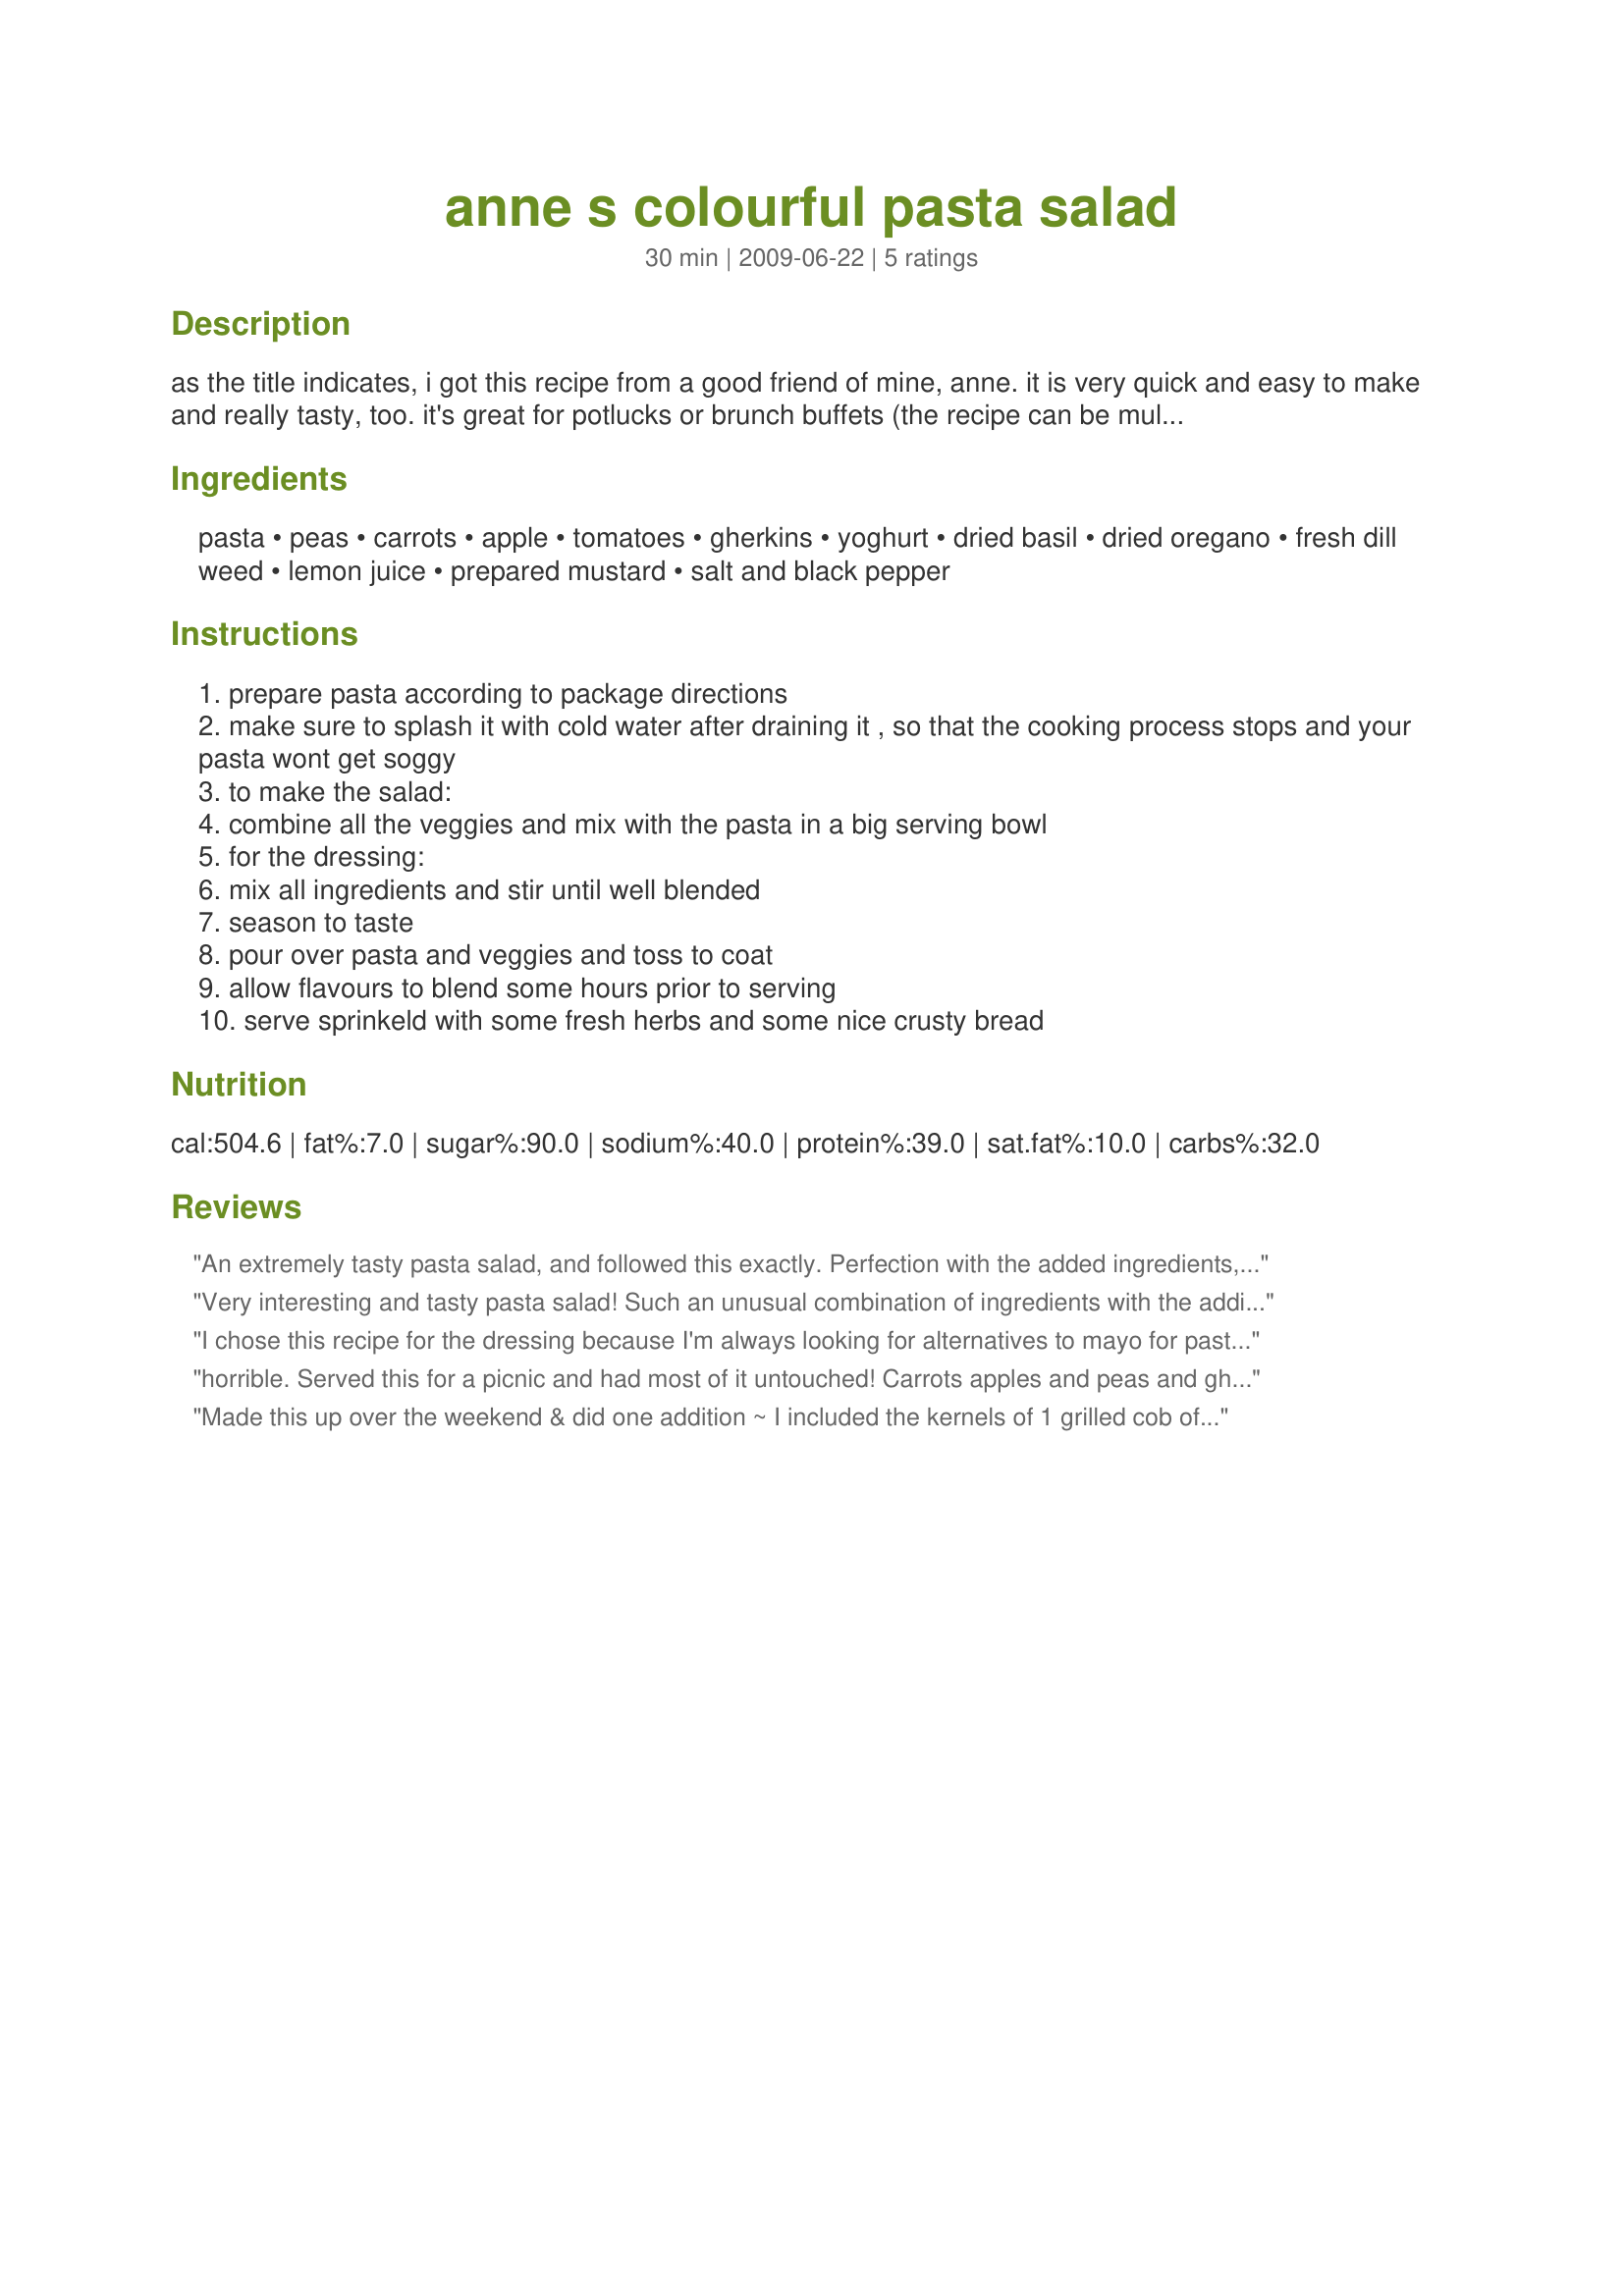
anne s colourful pasta salad
Preparation time: 30 minutes

as the title indicates, i got this recipe from a good friend of mine, anne. it is very quick and easy to make and really tasty, too. it's great for potlucks or brunch buffets (the recipe can be multiplied easily). i know there are many pasta salads on zaar already, but i think this one is just a little different.
i hope you enjoy!

note: 250 g = 9oz; 200 g = 7oz

Ingredients:
pasta, peas, carrots, apple, tomatoes, gherkins, yoghurt, dried basil, dried oregano, fresh dill weed, lemon juice, prepared mustard, salt and black pepper

Steps:
prepare pasta according to package directions
make sure to splash it with cold water after draining it , so that the cooking process stops and your pasta wont get soggy
to make the salad:
combine all the veggies and mix with the pasta in a big serving bowl
for the dressing:
mix all ingredients and stir until well blended
season to taste
pour over pasta and veggies and toss to coat
allow flavours to blend some hours prior to serving
serve sprinkeld with some fresh herbs and some nice crusty bread

Reviews:
An extremely tasty pasta salad, and followed this exactly. Perfection with the added ingredients, peas, carrots, gherkins, and apples. The dressing is stupendous, using yogurt and fresh herbs. I might add some chopped chives next time, however, perfection plus here! Made for *Everyday is a Holiday* June 2009
Very interesting and tasty pasta salad! Such an unusual combination of ingredients with the addition of apples and pickles. The dressing was a bit tangy for my taste so I added just a touch of sugar. As the directions state, it's important to make the salad a couple of hours ahead so the flavors have time to blend. Thanks for posting this recipe!
I chose this recipe for the dressing because I'm always looking for alternatives to mayo for pasta salad. I made it with tricolored rotini, peas and tomatoes, plus diced red onion and green pepper--no apples, carrots or gherkins. The dressing is stupendous. I love the combination of herbs and the lemon juice plus mustard lend it a nice bite. Will definitely make again.
horrible. Served this for a picnic and had most of it untouched! Carrots apples and peas and gherkins DO NOT go well together. I thought I would try it b/c I am open to new flavor combos but this was just awful. Sorry to be so harsh but no one liked it. I will never try something again to serve relying on the ratings - not my taste at all.
Made this up over the weekend & did one addition ~ I included the kernels of 1 grilled cob of corn, mostly 'cause I wanted the yellows, oranges & reds for summer! Other than that, the recipe was followed & it is definitely colorful (TASTY, TOO)! I didn't think I'd like it with the gherkins, but included them as well, & we were very pleased with the resulting salad! Thanks, much, for sharing! [Tagged, made & reviewed in Beverage Tag]
